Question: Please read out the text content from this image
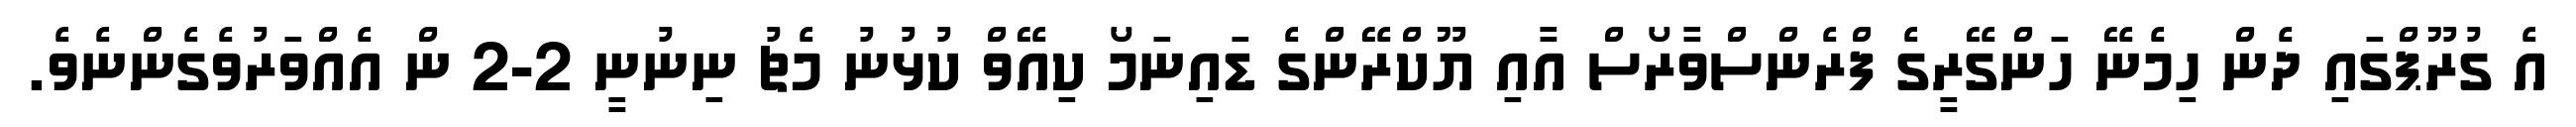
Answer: އެ ގުރޫޕްގައި ދެން ހިމެނޭ ހަންގޭރީގެ ފްރެންސްވާރޯސް އާއި ޔޫކްރޭންގެ ޑައިނަމޯ ކިއޭވް ކުޅުނު މެޗު ނިނުނީ 2-2 ން އެއްވަރުވެގެންނެވެ.